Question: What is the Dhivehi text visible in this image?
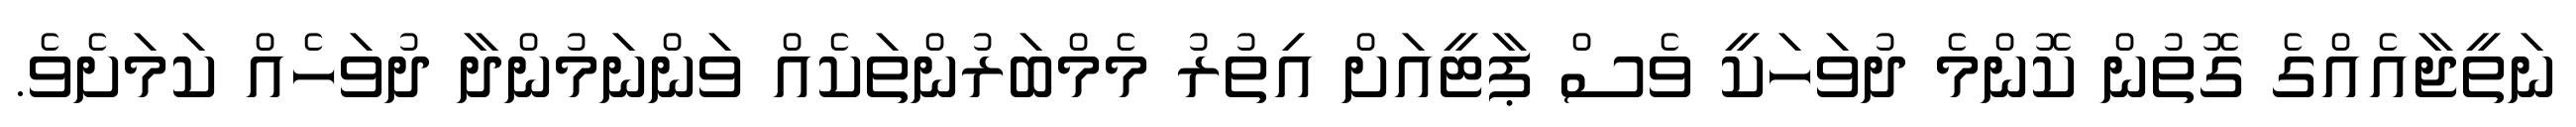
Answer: ނަތީޖާއެއްގެ ގޮތުން ކޮންމެ ދުވަހަކީ ވެސް ޕާޓީއަށް އިތުރު މެމްބަރުންތަކެއް ވަންނަމުންދާ ދުވަހެއް ކަމަށެވެ.